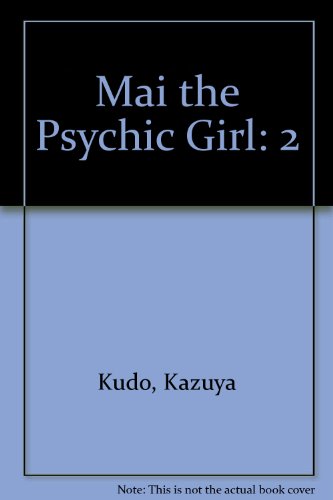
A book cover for Mai: the Psychic Girl, Vol. 2; Kazuya Kudo; Comics & Graphic Novels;